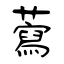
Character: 藛